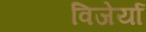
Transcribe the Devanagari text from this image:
विजेर्या